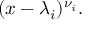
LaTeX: ( x - \lambda _ { i } ) ^ { \nu _ { i } } .